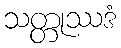
သတ္တုဿဒံ